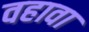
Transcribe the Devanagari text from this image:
वहावा